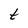
Character: t